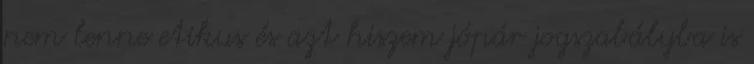
nem lenne etikus és azt hiszem jópár jogszabályba is